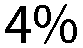
4%